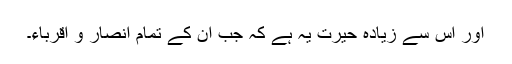
اور اس سے زیادہ حیرت یہ ہے کہ جب ان کے تمام انصار و اقرباء۔